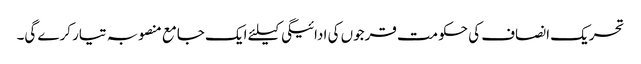
تحریک انصاف کی حکومت قرجوں کی ادائیگی کیلئے ایک جامع منصوبہ تیار کرے گی۔